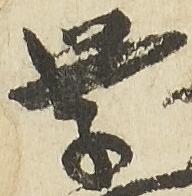
学